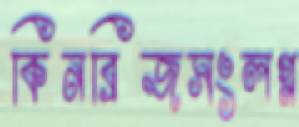
কিনব্রিজসংলগ্ন